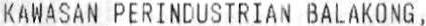
KAWASAN PERINDUSTRIAN BALAKONG,